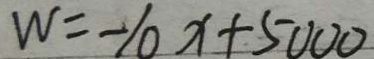
W = - 1 0 x + 5 0 0 0